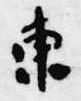
東